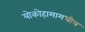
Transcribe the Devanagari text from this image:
योकोहामामधील